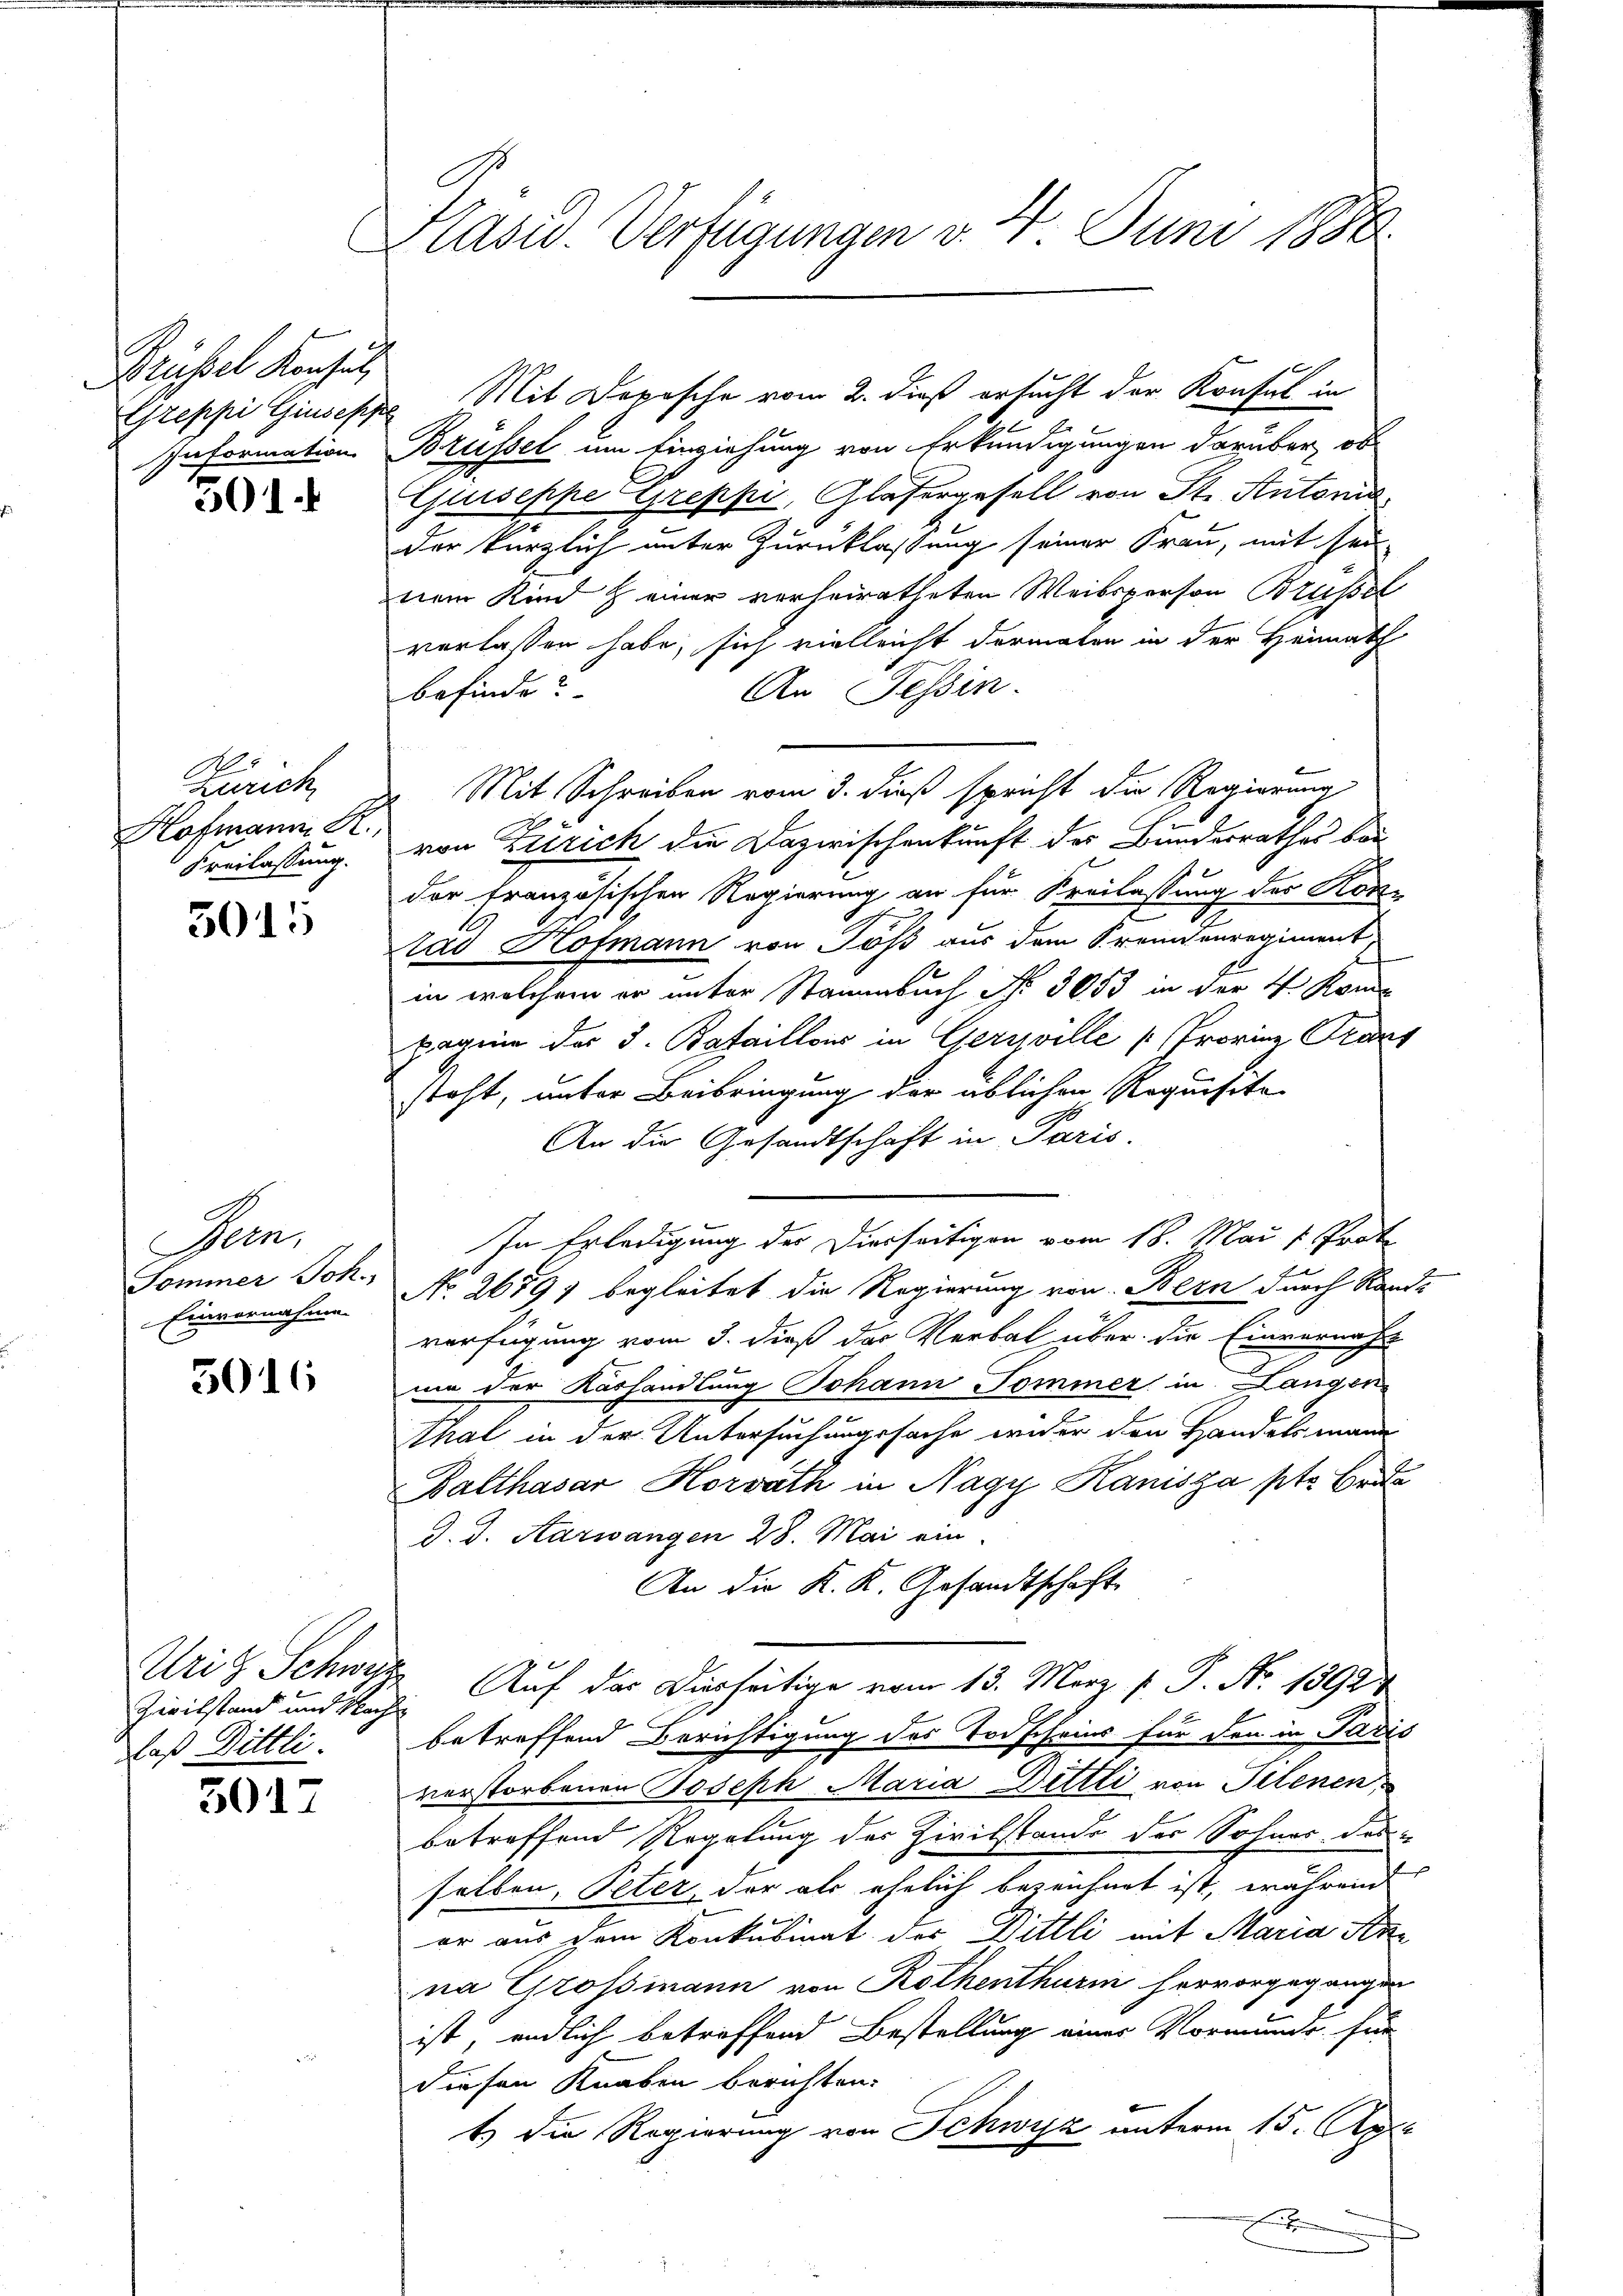
Brüssel Konsul
Greppi Giuseppe
Information

501.

Hanck
Hofmann R.
Freilassung.

3015

Seen,
Sommer Joh.
Einvernahme

5016

Zivilstand und Nach
Daß Dittli.

3017

Plasid. Verfügungen v. 4. Juni 1888

.

Mit Depesche vom 2. dieß ersucht der Konsul in
Brüssel um Einziehung von Erkundigungen darüber, ob
Guiseppe Greppi, Gläsergesell von St. Antonia
der kürzlich unter Zurücklassung seiner Frau, mit sei
nem Kind & einer verheiratheten Weibsperson Brüssel
verlassen habe, sich vielleicht dermator in der Heimath
An Tessin.
befinde?
Mit Schreiben vom 3. dieß spricht die Regierung
von Zürich die Dazwischenkunft der Bundesrathes bau-
der französischen Regierung an für Freilassung der Kon-
las Hofmann von Töß aus dem Fremdenregiment,
in welchem er unter Stammbuch No. 3053 in der 4. Kome
pagnie der 3. Bataillois in Gersville [Provinz Prant
steht, unter Beibringung der üblichen Requisita
An die Gesandtschaft in Paris.
In Erledigung der Diesseitigen vom 18. Mai v. Prot
No 2679 begleitet die Regierung von Bern durch Stande
verfügung vom 3. dieß der Verbal über die Einvernicht
um der Aushandlung Johann Pommer in Langen
Ahal in der Untersuchungssache wider den Handelsmann
Balthasar Horrath in Nagy Kanisza ptr. Brie
J. J. Aarwangen 28. Mai ein
An die K. K. Gesandtschaft
Uritz Schwyz Auf der Dierseitige vom 13. März l. P. Nr. 13924
r
betreffend Berichtigung des Todscheins für den in Paris
verstorbenen Joseph Maria Dittli von Telenen
betreffend Regelung des Zivilstande der Sohner das
selben, Peter, der als ehelich bezeichnet ist, während
er aus dem Konkubinat des Dittli mit Maria Ann
na Grossmann von Rothenthurm hervorgegangen
ist, endlich betreffend Bestellung einer Vormunde, für
diesen Knaben berichten.
1) Die Regierung von Schwyz unterm 15. Apri
e